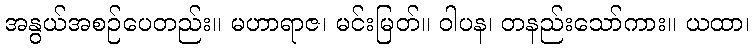
အနွယ်အစဉ်ပေတည်း။ မဟာရာဇ၊ မင်းမြတ်။ ဝါပန၊ တနည်းသော်ကား။ ယထာ၊